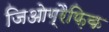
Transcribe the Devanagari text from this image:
जिओग्रैफ़िक